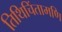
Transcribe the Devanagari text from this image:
तिथिचिंतामणि